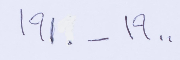
١٩٠٠ - ١٩١٠